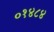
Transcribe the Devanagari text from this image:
०१४८४